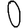
Digit: 0